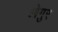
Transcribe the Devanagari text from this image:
ओगुर